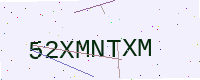
Text: 52XMNTXM